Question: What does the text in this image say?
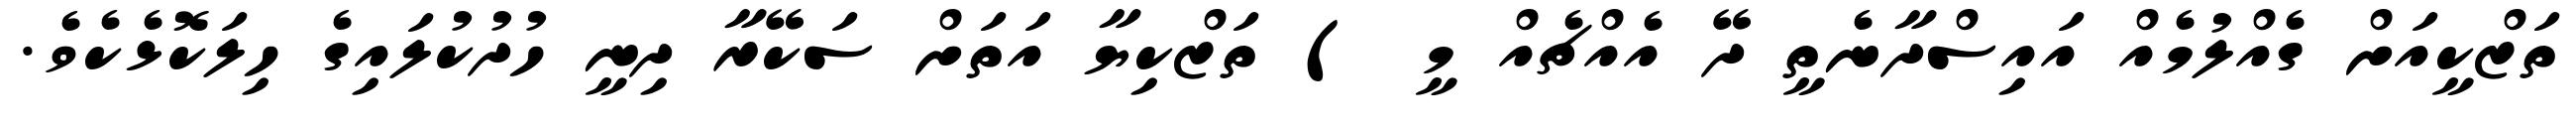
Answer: ތަޒްކީއަށް ގެއްލުމެއް އައިސްދާނެތީ ދޭ އެއްޗެއް މީ ) ތަޒްކިޔާ އަތަށް ސަކޭރާ ދިނީ ހުދުކުލައިގެ ހިލަކޮޅެކެވެ.